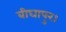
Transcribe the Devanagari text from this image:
बीघापुर।